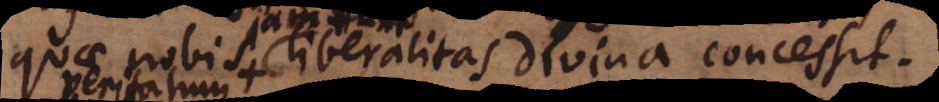
quae nobis liberalitas divina concessit.